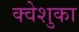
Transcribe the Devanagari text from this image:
क्वेशुका